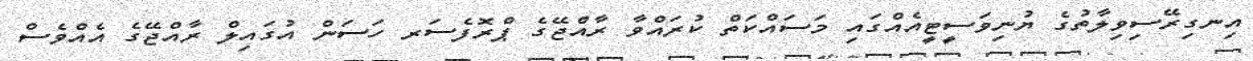
އިނގިރޭސިިވިލާތުގެ ޔުނިވަސީޓީއެއްގައި މަސައްކަތް ކުރައްވާ ރާއްޖޭގެ ޕްރޮފެސަރ ހަސަން އުގައިލް ރާއްޖޭގެ އެއްވެސް